Scottish Leaving Certificate Examination, 1961
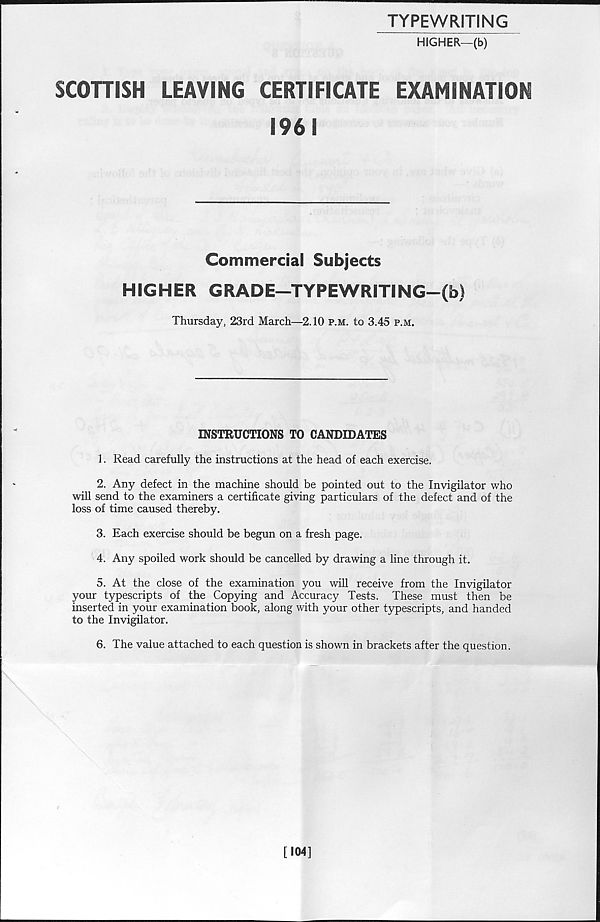
TYPEWRITING
HIGHER—(b)
SCOTTISH
LEAVING
CERTIFICATE
EXAMINATION
1961
Commercial Subjects
HIGHER GRADE—TYPEWRITING-(b)
Thursday, 23rd March—2.10 p.m. to 3.45 p.m.
INSTRUCTIONS TO CANDIDATES
1. Read carefully the instructions at the head of each exercise.
2. Any defect in the machine should be pointed out to the Invigilator who
will send to the examiners a certificate giving particulars of the defect and of the
loss of time caused thereby.
3. Each exercise should be begun on a fresh page.
4. Any spoiled work should be cancelled by drawing a line through it.
5. At the close of the examination you will receive from the Invigilator
your typescripts of the Copying and Accuracy Tests. These must then be
inserted in your examination book, along with your other typescripts, and handed
to the Invigilator.
6. The value attached to each question is shown in brackets after the question.
(
[104]